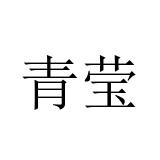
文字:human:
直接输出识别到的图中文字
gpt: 青莹